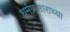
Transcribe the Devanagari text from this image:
धर्मप्रसाराच्या